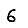
Digit: 6